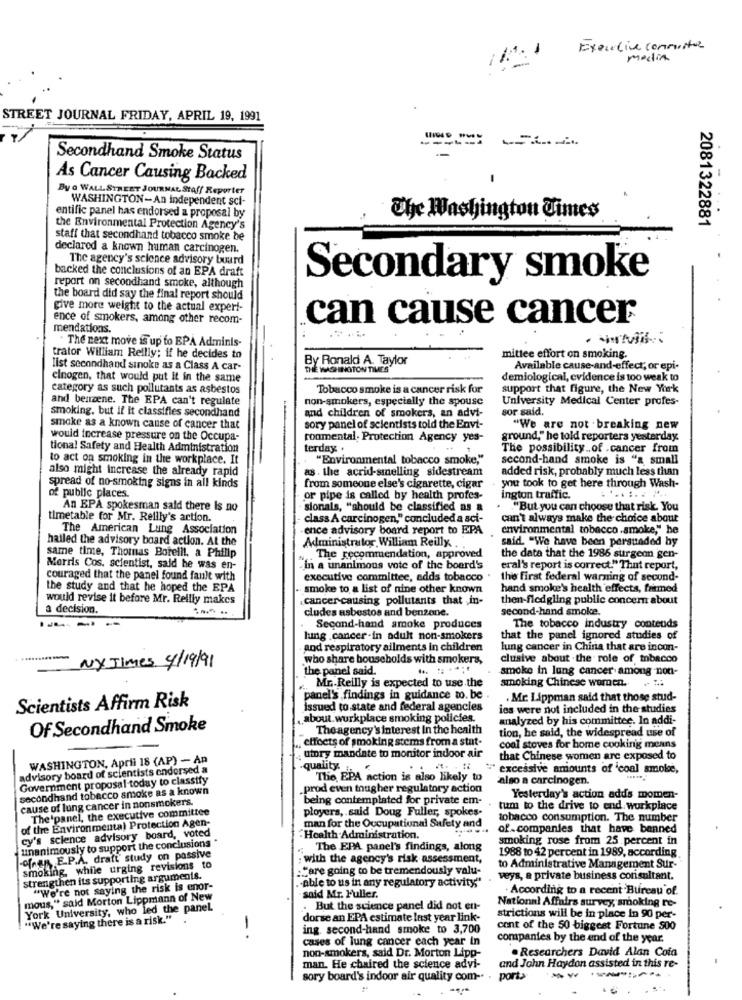
Executive conmuster
media
STREET JOURNAL FRIDAY, APRIL 19, 1991
Secondhand Smoke Status
As Cancer Causing Backed
By o WALL STREET JOURNAL Staff Reporter
WASHINGTON-An independent sci-
entific panel has endorsed a proposal by
The Washington Times
2081322881
the Environmental Protection Agency's
staff that secondhand tobacco smoke be
declared a known human carcinogen.
The agency's science advisory buard
backed the conclusions of an EPA draft
Secondary smoke
report on secondhand smoke, although
the board did say the final report should
give more weight to the actual experi-
ence of smokers, among other recom-
can cause cancer
mendations.
. The next move is up to EPA Adminis-
trator William Reilly: if he decides to
By Ronald A. Taylor
mittee effort on smoking.
list secondhand sinoke as a Class A car-
THE WASHINGTON TIMES"
Available cause-and-effect; or epi-
cinogen, that would put it in the same
demiological, evidence is too weak to
category as such pollutants as asbestos
Tobacco smoke is a cancer risk for
support that figure, the New York
and benzene. The EPA can't regulate
non-smokers, especially the spouse
University Medical Center profes-
smoking, but if it classifies secondhand
and children of smokers, an advi-
sor said,
smoke as a known cause of cancer that
sory panel of scientists told the Envi-
"We are not breaking new
would increase pressure on the Occupa-
ronmental, Protection Agency yes-
ground," he told reporters yesterday.
tiona! Safety and Health Administration
terday .
The possibility .. of .cancer from
to act on smoking in the workplace. It
"Environmental tobacco smoke,"
second-hand smoke is "a small
also might increase the already rapid
as . the acrid-smelling sidestream
added risk, probably much less than
spread of no-smoking signs in all kinds
from someone else's cigarette, cigar
you took to get here through Wash-
of public places.
or pipe is called by health profes-
ington traffic.
An BPA spokesman said there Is no
sionals, "should be classified as a
"But you can choose that risk. You
timetable for Mr. Reilly's action.
class A carcinogen," concluded a sci-
can't always make the choice about
The American Lung Association
.ence advisory board report to EPA
environmental tobacco.smoke," he
hailed the advisory board action. At the
said. "We have been persuaded by
same time, Thomas Boreill, a Philip
Administrator William Reilly. ..
.. The recommendation, approved
the data that the 1986 surgeon gen-
Morris Cos. scientist, said he was en-
in a unanimous vote of the board's
eral's report is correct." That report,
couraged that the panel found fault with
executive committee, adds tobacco
the first federal warning of second-
the study and that he hoped the EPA
smoke to a list of nine other known
hand smoke's health effects, frimed
would revise it before Mr. Reilly makes
cancer -causing pollutants that in-
then-fledgling public concern about
a decision.
cludes asbestos and benzene.
second-hand smoke.
Second-hand smoke produces
The tobacco industry contends
lung cancer-in adult non-smokers
that the panel ignored studies of
and respiratory ailments in children
lung cancer in China that are incon-
who share households with smokers,
clusive about .the role of tobacco
NY Times 4/19/91
the panel said.
smoke in lung cancer among non-
Mr.Reilly is expected to use the
smoking Chinese women .. ...
panel's findings in guidance to. be .
. Mr. Lippman said that those stud-
Scientists Affirm Risk
issued to state and federal agencies
ies were not included in the studies
about. workplace smoking policies.
analyzed by his committee. In addi-
Of Secondhand Smoke
Theagency's interest In the health
tion, he said, the widespread use of
effects of smoking stems from a stat-
cool stoves for home cooking means
WASHINGTON, April 18 (AP) - An
. utory mandate to monitor indoor air
that Chinese women are exposed to
advisory board of scientists endorsed a
.quality.
" excessive amounts of 'coal smole,
Government proposal today to classify
The, EPA action is also likely to
also a carcinogen.
secondhand tobacco smoke as a known
.prod even tougher regulatory action
cause of lung cancer in nonsmokers.
being contemplated for private em-
Yesterday's action adds momen-
The'panel, the executive committee
ployers, said Doug Fuller, spokes.
tum to the drive to end workplace
of the Environmental Protection Agen-
tobacco consumption. The number
cy's science advisory board, voted
man for the Occupational Safety and
of companies that have banned
unanimously to support the conclusions *
Health Administration.
smoking rose from 25 percent in
The EPA panel's findings, along
1988 to 42 percent in 1989, according
ofran, E.P.A. draft' study on passive
: with the agency's risk assessment,
smoking, while urging revisions to
."are going to be tremendously valu-
to Administrative Management Sur-
strengthen its supporting arguments.
.- able to us in any regulatory activity"
veys, a private business consultant.
"We're not saying the risk is enor-
. According to a recent Bureau of.
mous," said Morton Lippmann of New
said Mr. Fuller.
National Affairs survey, smoking re-
York University, who led the panel
.But the science panel did not en-
"We're saying there is a risk."
dorse an EPA estimate last year link-
strictions will be in place in 90 per-
ing. second-hand smoke to 3,700
cont of the 50 biggest Fortune 500
-.
cases of lung cancer each year in
companies by the end of the year.
non-smokers, said Dr. Morton Lipp-
. Researchers David Alan Cota
man. He chaired the science advi-
and John Haydon assisted in this re-
sory board's indoor air quality com --
port>
...